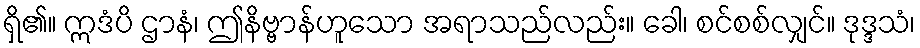
ရှိ၏။ ဣဒံပိ ဌာနံ၊ ဤနိဗ္ဗာန်ဟူသော အရာသည်လည်း။ ခေါ၊ စင်စစ်လျှင်။ ဒုဒ္ဒသံ၊